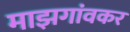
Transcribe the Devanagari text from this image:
माझगांवकर